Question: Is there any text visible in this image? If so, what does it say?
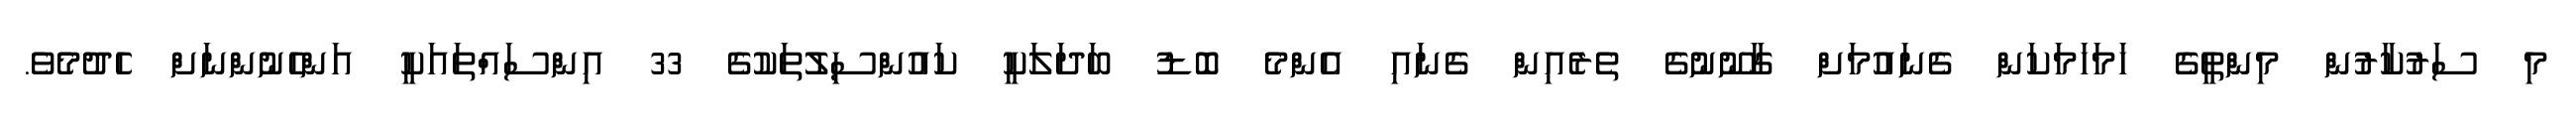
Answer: މި ސަރުކާރުން މިންތީގެ ހަމަހަމަކަން ގެނައުމަށް ގާނޫނުގެ ތެރެއިން ގެނައި އެންމެ ބޮޑު ބަދަލަކީ ކައުންސިލުތަކުގެ 33 އިންސައްތައަކީ އަންހެނުންނަށް ހެދުމެވެ.